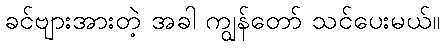
ခင်ဗျားအားတဲ့ အခါ ကျွန်တော် သင်ပေးမယ်။